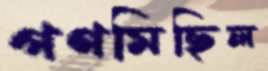
গণমিছিল